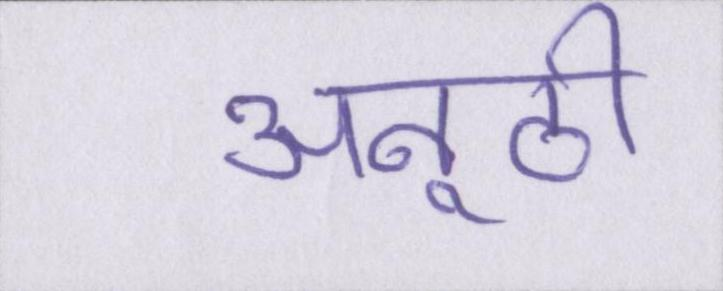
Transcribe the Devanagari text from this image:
अनूठी